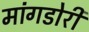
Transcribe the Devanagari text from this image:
मांगडोरी